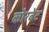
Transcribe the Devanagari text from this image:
कोरबेट